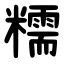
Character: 糯